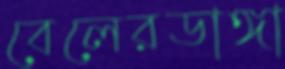
বেলেরডাঙ্গা